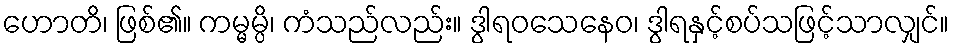
ဟောတိ၊ ဖြစ်၏။ ကမ္မမ္ပိ၊ ကံသည်လည်း။ ဒွါရဝသေနေဝ၊ ဒွါရနှင့်စပ်သဖြင့်သာလျှင်။